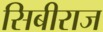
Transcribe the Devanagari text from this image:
सिबीराज